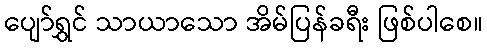
ပျော်ရွှင် သာယာသော အိမ်ပြန်ခရီး ဖြစ်ပါစေ။